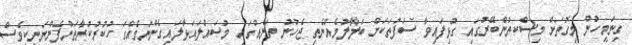
ގިނަމީހުން މިގޮތަށް މިސްކތުންބޭރުގައި ގުޅިފައިވާ ސަފުތަކަށް ބަލާލުމެއްނެތި ޖެހުނު ތަނެއްގައި މުޞައްލައަޅާލައިގެންނަމެއްގަ ހުކުރުުކުރާތަންފެންނަނީކީވެސް